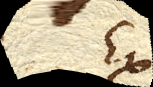
Ex